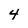
Character: 4